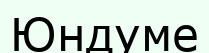
Юндуме